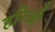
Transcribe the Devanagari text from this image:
हरिजी